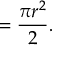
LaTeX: = { \frac { \pi r ^ { 2 } } { 2 } } .